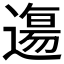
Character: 𲅰